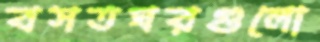
বসতঘরগুলো